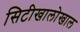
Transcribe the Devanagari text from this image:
सिटीखालोखाल